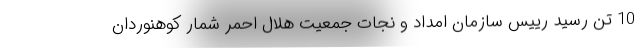
10 تن رسید رییس سازمان امداد و نجات جمعیت هلال احمر شمار کوهنوردان